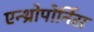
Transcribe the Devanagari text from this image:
एन्थ्रोपोर्निस